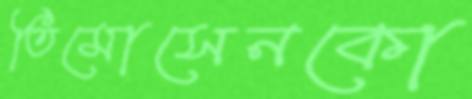
তিমোসেনকো